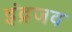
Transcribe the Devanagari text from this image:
इंद्रजव